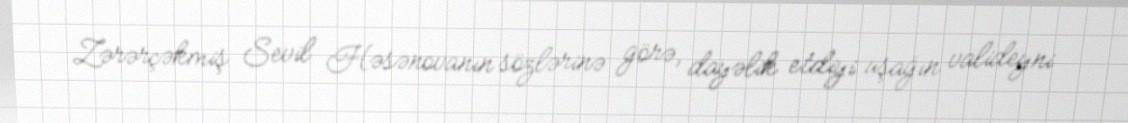
Zərərçəkmiş Sevil Həsənovanın sözlərinə görə, dayəlik etdiyi uşağın valideyni